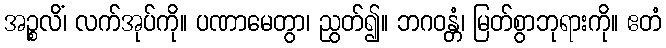
အဉ္စလိံ၊ လက်အုပ်ကို။ ပဏာမေတွာ၊ ညွတ်၍။ ဘဂဝန္တံ၊ မြတ်စွာဘုရားကို။ ဧတံ